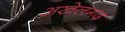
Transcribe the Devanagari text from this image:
अखेलगढ़